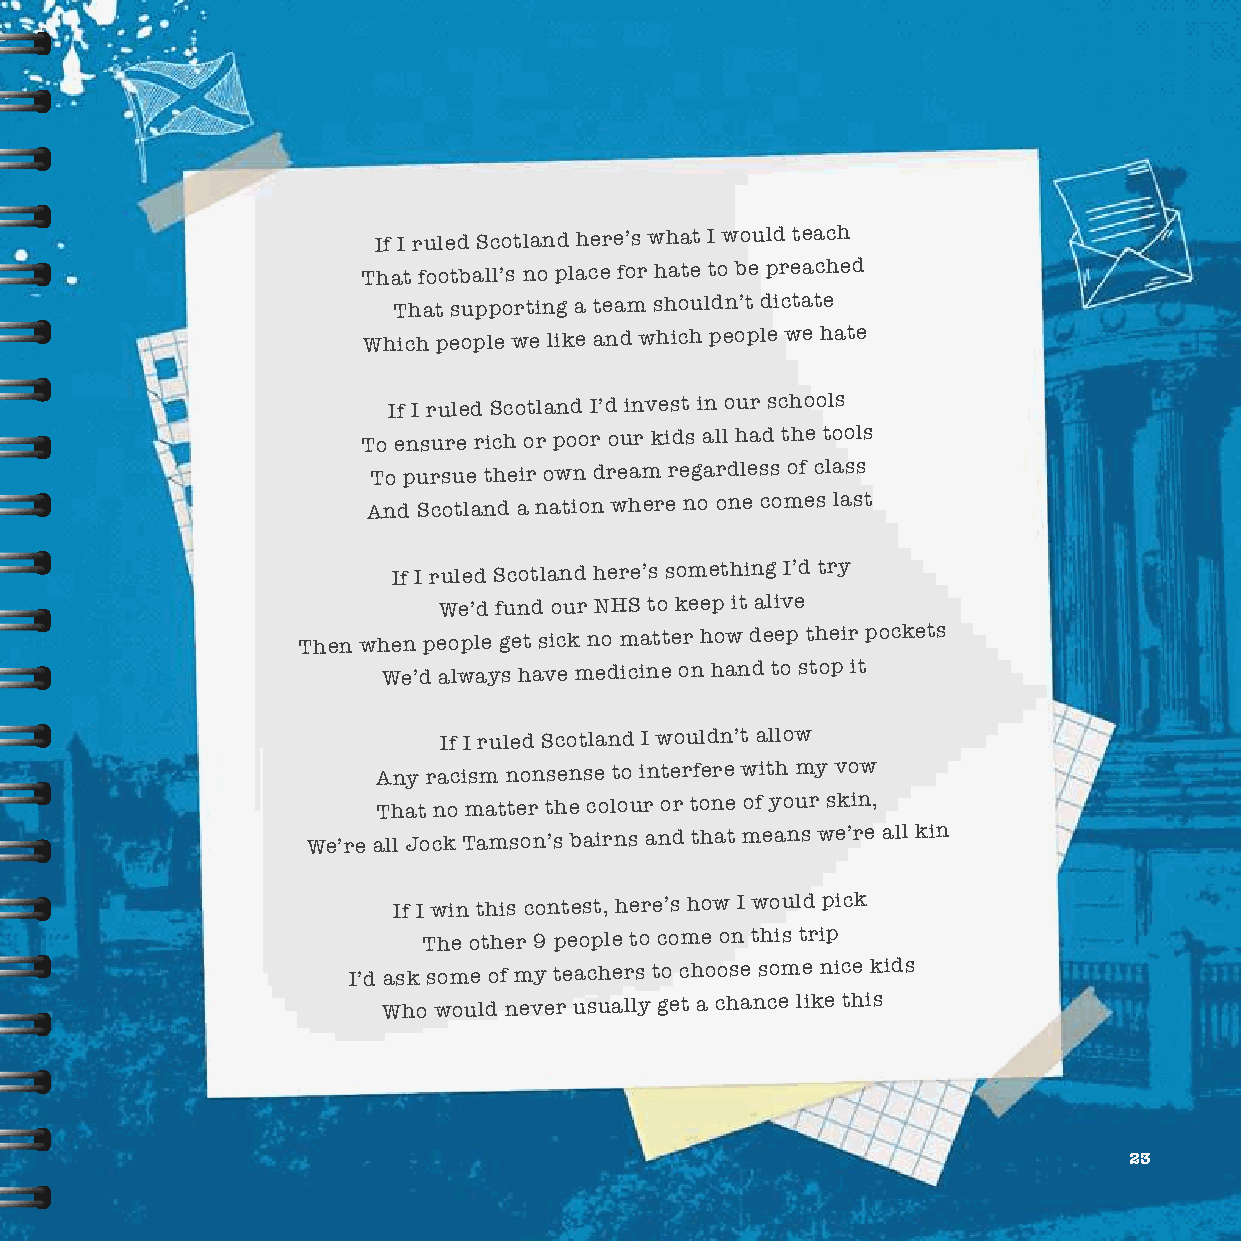
If I ruled Scotland here’s what I would teach
 That football’s no place for hate to be preached
 That supporting a team shouldn’t dictate
 Which people we like and which people we hate
 If I ruled Scotland I’d invest in our schools
 To ensure rich or poor our kids all had the tools
 To pursue their own dream regardless of class
 And Scotland a nation where no one comes last
 If I ruled Scotland here’s something I’d try
 We’d fund our NHS to keep it alive
 Then when people get sick no matter how deep their pockets
 We’d always have medicine on hand to stop it
 If I ruled Scotland I wouldn’t allow
 Any racism nonsense to interfere with my vow
 That no matter the colour or tone of your skin,
 We’re all Jock Tamson’s bairns and that means we’re all kin
 If I win this contest, here’s how I would pick
 The other 9 people to come on this trip
 I’d ask some of my teachers to choose some nice kids
 Who would never usually get a chance like this
 23